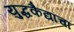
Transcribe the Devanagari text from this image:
युद्धकैद्यांचा